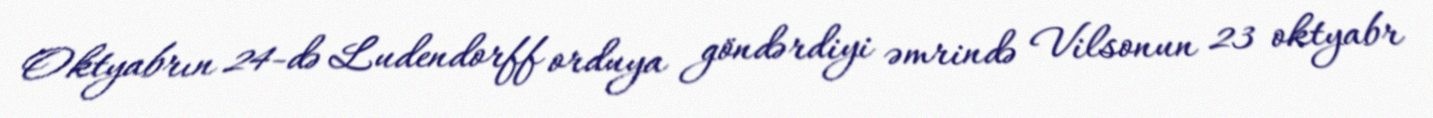
Oktyabrın 24-də Ludendorff orduya göndərdiyi əmrində Vilsonun 23 oktyabr